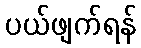
ပယ်ဖျက်ရန်